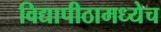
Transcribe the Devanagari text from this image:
विद्यापीठामध्येच